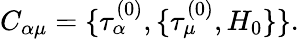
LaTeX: C_{\alpha\mu}=\{ \tau_{\alpha}^{(0)},\{ \tau_{\mu}^{(0)},H_{0}\} \} .